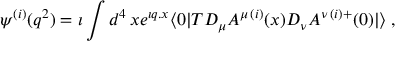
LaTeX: \psi ^ { ( i ) } ( q ^ { 2 } ) = \imath \int d ^ { 4 } \, x e ^ { \imath q . x } \langle 0 | T D _ { \mu } A ^ { \mu \, ( i ) } ( x ) D _ { \nu } A ^ { \nu \, ( i ) + } ( 0 ) | \rangle \; ,